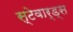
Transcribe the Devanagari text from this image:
स्टेवार्ड्स